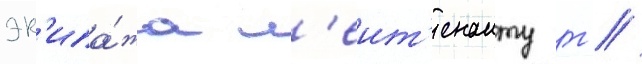
эк'ипа́жа л'еит'енанту г //